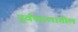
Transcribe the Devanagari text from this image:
पूर्वकालातील